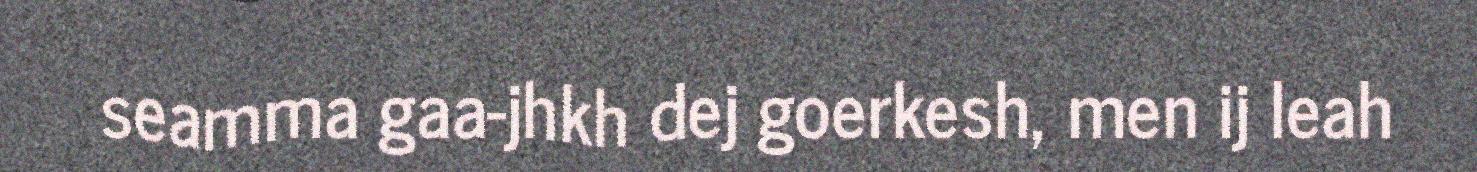
seamma gaa-jhkh dej goerkesh, men ij leah